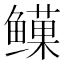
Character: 𬶯